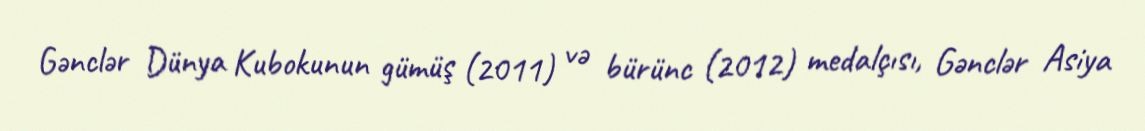
Gənclər Dünya Kubokunun gümüş (2011) və bürünc (2012) medalçısı, Gənclər Asiya